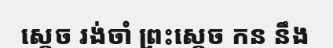
ស្តេច រង់ចាំ ព្រះស្តេច កន នឹង